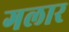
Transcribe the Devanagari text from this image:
गलार